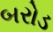
બરોડ